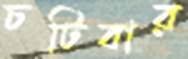
চটিবার